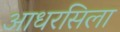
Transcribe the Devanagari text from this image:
आधरसिला